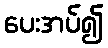
ပေးအပ်၍